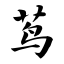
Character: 茑